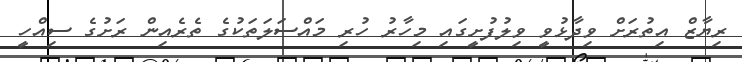
ރިޔާޒް އިތުރަށް ވިދާޅުވީ ވިލުފުށީގައި މިހާރު ހުރި މައްސަލަތަކުގެ ތެރެއިން ރަށުގެ ސިއްހީ